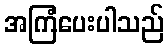
အကြံပေးပါသည်